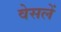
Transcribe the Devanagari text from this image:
वेसलें